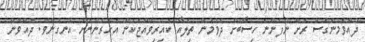
ދުއްވަމުންގޮސް ރަށް ނުފެންނަ ހިސާބަށް ދެވުމުން ތިލައާ ކައިރިވެއްޖެކަން އަހަރެންނަށް އެނގުނެވެ. ދުއްވަން